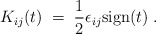
\begin{align*}K_{ij} (t) \;=\; \frac{1}{2} \epsilon_{ij} {\rm sign}(t) \;.\end{align*}